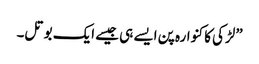
”لڑکی کا کنوارہ پن ایسے ہی جیسے ایک بوتل۔